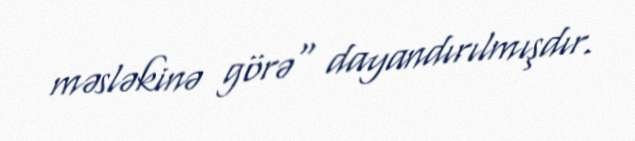
məsləkinə görə" dayandırılmışdır.